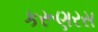
કરૂણરસ